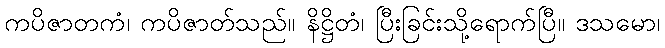
ကပိဇာတကံ၊ ကပိဇာတ်သည်။ နိဋ္ဌိတံ၊ ပြီးခြင်းသို့ရောက်ပြီ။ ဒသမော၊